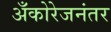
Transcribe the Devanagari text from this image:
अँकोरेजनंतर